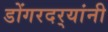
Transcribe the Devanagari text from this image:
डोंगरदर्‍यांनी